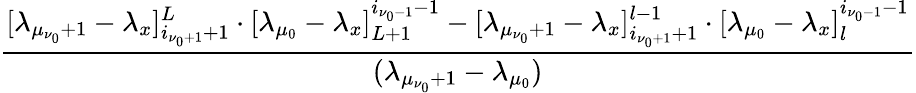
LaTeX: \frac{[\lambda_{\mu_{\nu_{0}}+1}-\lambda_{x}]_{i_{\nu_{0}+1}+1}^{L}\cdot[\lambda_{\mu_{0}}-\lambda_{x}]_{L+1}^{i_{\nu_{0}-1}-1}-[\lambda_{\mu_{\nu_{0}}+1}-\lambda_{x}]_{i_{\nu_{0}+1}+1}^{l-1}\cdot[\lambda_{\mu_{0}}-\lambda_{x}]_{l}^{i_{\nu_{0}-1}-1}}{(\lambda_{\mu_{\nu_{0}}+1}-\lambda_{\mu_{0}})}